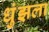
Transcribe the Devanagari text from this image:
धुंझला